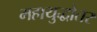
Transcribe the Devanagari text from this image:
महायुद्धोतर